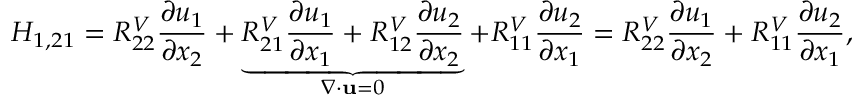
H _ { 1 , 2 1 } = R _ { 2 2 } ^ { V } \frac { \partial u _ { 1 } } { \partial x _ { 2 } } + \underbrace { R _ { 2 1 } ^ { V } \frac { \partial u _ { 1 } } { \partial x _ { 1 } } + R _ { 1 2 } ^ { V } \frac { \partial u _ { 2 } } { \partial x _ { 2 } } } _ { \nabla \cdot \mathbf { u } = 0 } + R _ { 1 1 } ^ { V } \frac { \partial u _ { 2 } } { \partial x _ { 1 } } = R _ { 2 2 } ^ { V } \frac { \partial u _ { 1 } } { \partial x _ { 2 } } + R _ { 1 1 } ^ { V } \frac { \partial u _ { 2 } } { \partial x _ { 1 } } ,